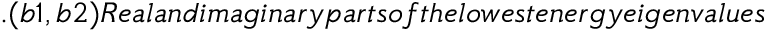
. ( b 1 , b 2 ) R e a l a n d i m a g i n a r y p a r t s o f t h e l o w e s t e n e r g y e i g e n v a l u e s